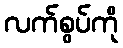
လက်စွပ်ကို